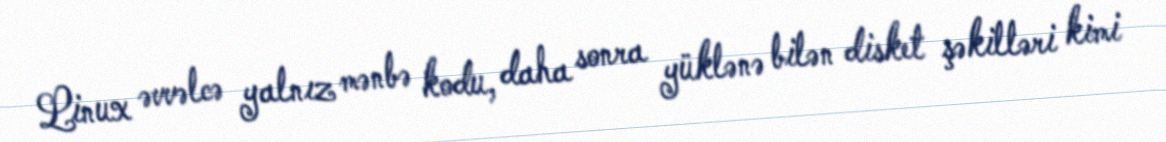
Linux əvvəlcə yalnız mənbə kodu, daha sonra yüklənə bilən disket şəkilləri kimi